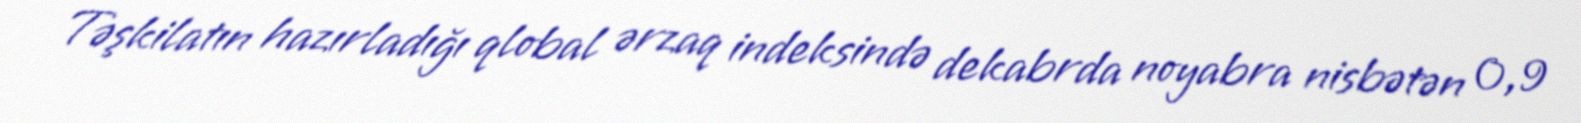
Təşkilatın hazırladığı qlobal ərzaq indeksində dekabrda noyabra nisbətən 0,9